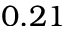
0 . 2 1